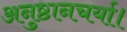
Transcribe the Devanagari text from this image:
अनुष्ठानचर्या।